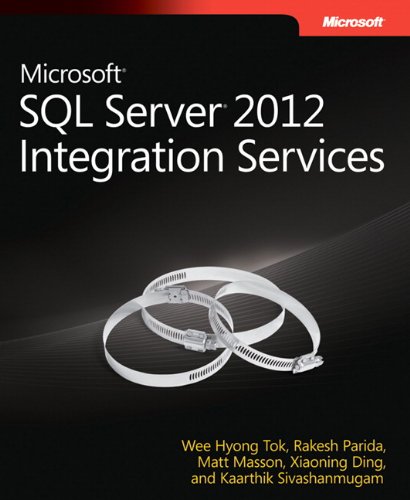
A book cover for Microsoft SQL Server 2012 Integration Services (Developer Reference); Wee-Hyong Tok; Computers & Technology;